Annual report of the Imperial Bacteriological Laboratory, Muktesar
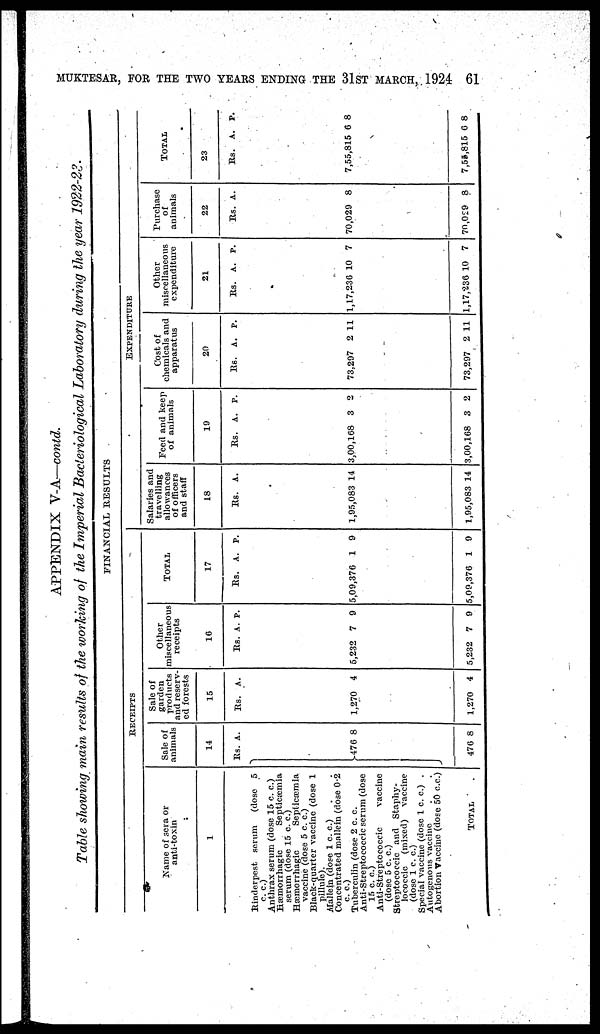
MUKTESAR, FOR THE TWO YEARS ENDING THE 31ST MARCH, 1924
61
APPENDIX V-A—contd.
Table showing main results of the working of the Imperial Bacteriological Laboratory during the year 1922-23.
FINANCIAL RESULTS
RECEIPTS
Name of sera or
anti-toxin
1
Rinderpest serum
(dose 5
c. c.)
Anthrax serum (dose 15 c. c.)
Hæmorrhagic
Septicæmia
serum (dose 15 c. c.)
Hæmorrhagic
Septicæmia
vaccine (dose 5 c. c.)
Black-quarter vaccine (dose 1
pillule).
Mallein (dose 1 c. c.)
Concentrated mallein (dose 0.2
c. c.)
Tuberculin (dose 2 c. c.
Anti-Streptococcic serum (dose
15 c. c.)
Anti-Streptococcic
vaccine
(dose 5 c. c.)
Streptococcic and Staphy-
lococcic (mixed) vaccine
(dose 1 c. c.)
Special vaccine (dose 1 c. c.) .
Autogenous vaccine
Abortion Vaccine (dose 50 c.c.)
TOTAL
.
Sale of
animals
14
Rs.
}476
476
A.
8
8
Sale of
garden
products
and reserv-
ed forests
15
Rs.
1,270
1,270
A.
4
4
Other
miscellaneous
receipts
16
Rs.
5,232
5,232
A.
7
7
P.
9
9
TOTAL
1
Rs.
5,09,376
5,09,376
7
A.
1
1
P.
9
9
EXPENDITURE
Salaries and
travelling
allowances
of officers
and staff
18
Rs.
1,95,083
1,95,083
A.
14
14
Feed and keep
of animals
Rs.
3,00,168
3,00,168
19
A.
3
3
P.
2
2
Cost of
chemicals and
appartus
20
Rs.
73,297
73,297
A.
2
2
P.
11
11
Other
miscellaneous
expenditure
21
Rs.
1,17,236
1,17,236
A.
10
10
P.
7
7
Purchase
of
animals
22
Rs.
70,029
70,029
A.
8
8
TOTAL
23
Rs.
7,55,815
7,55,815
A.
6
6
P.
8
8